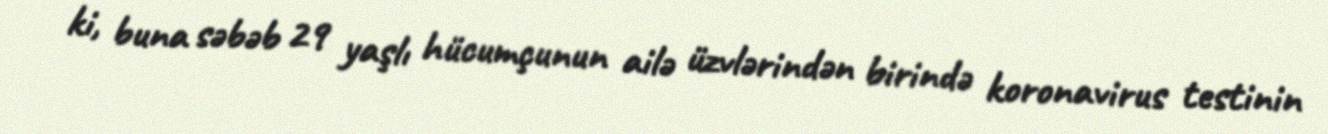
ki, buna səbəb 29 yaşlı hücumçunun ailə üzvlərindən birində koronavirus testinin